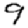
Digit: 9